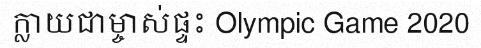
ក្លាយជាម្ចាស់ផ្ទះ Olympic Game 2020